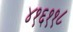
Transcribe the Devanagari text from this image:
४१६११८